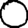
Digit: 0